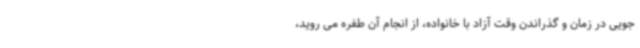
جویی در زمان و گذراندن وقت آزاد با خانواده، از انجام آن طفره می روید،